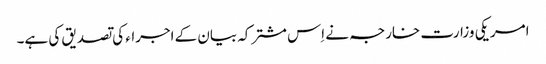
امریکی وزارت خارجہ نے اِس مشترکہ بیان کے اجراء کی تصدیق کی ہے۔